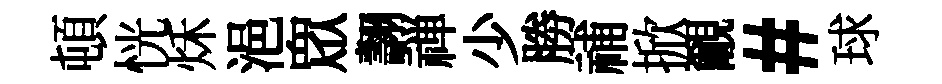
頓恍秌浥衆翿禅少勝𥙷掀覼#球